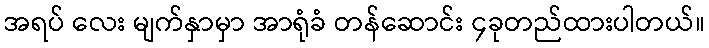
အရပ် လေး မျက်နှာမှာ အာရုံခံ တန်ဆောင်း ၄ခုတည်ထားပါတယ်။